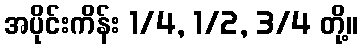
အပိုင်းကိန်း 1/4, 1/2, 3/4 တို့။